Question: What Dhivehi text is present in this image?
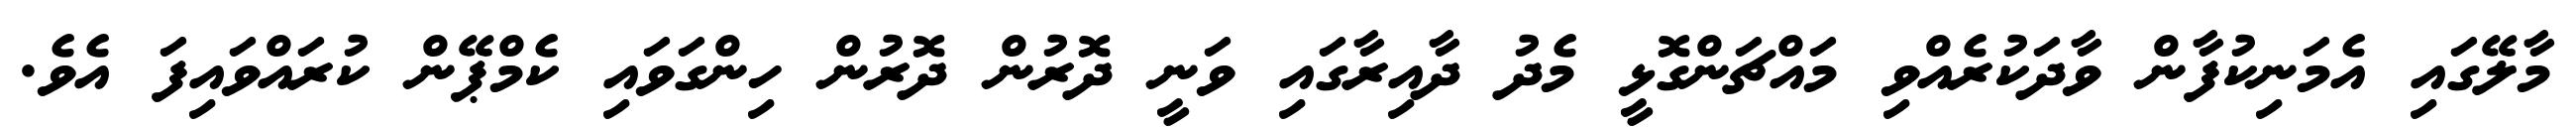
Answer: މާލޭގައި އެމަނިކުފާން ވާދަކުރެއްވި މައްޗަންގޮޅީ މެދު ދާއިރާގައި ވަނީ ދޮރުން ދޮރުން ހިންގަވައި ކެމްޕޭން ކުރައްވައިފަ އެވެ.